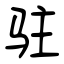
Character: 驻